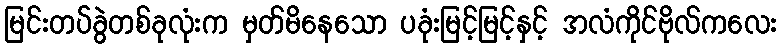
မြင်းတပ်ခွဲတစ်ခုလုံးက မှတ်မိနေသော ပခုံးမြင့်မြင့်နှင့် အလံကိုင်ဗိုလ်ကလေး